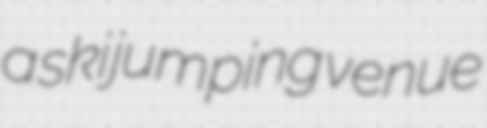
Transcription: a ski jumping venue